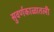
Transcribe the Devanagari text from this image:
सुवर्णकाळातली